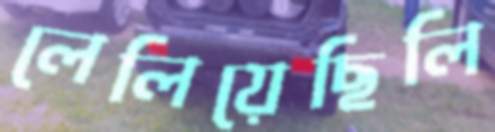
লেলিয়েছিলি